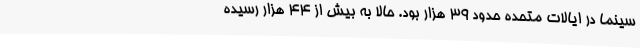
سینما در ایالات متحده حدود ۳۹ هزار بود. حالا به بیش از ۴۴ هزار رسیده